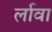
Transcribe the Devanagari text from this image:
र्लावा